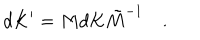
d K ^ { \prime } = M d K \tilde { M } ^ { - 1 } \quad .